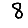
Digit: 8